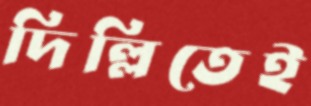
দিল্লিতেই